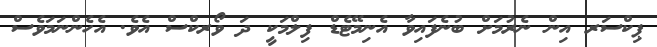
ޕިކްސަރ އިން ނެރުމަށް ބުނެފައިވާ އެނިމޭޓެޑް ފިލްމަކީ ދަ ވޯރކްސް އެވެ. އެހެންނަމަވެސް